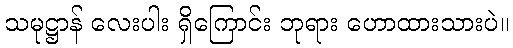
သမုဋ္ဌာန် လေးပါး ရှိကြောင်း ဘုရား ဟောထားသားပဲ။